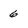
Character: 6